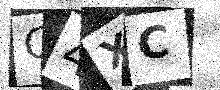
Text: C4XC